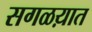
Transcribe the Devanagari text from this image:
सगळय़ात